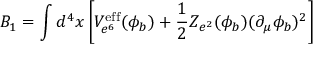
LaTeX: B _ { 1 } = \int d ^ { 4 } x \left[ V _ { e ^ { 6 } } ^ { \mathrm { e f f } } ( \phi _ { b } ) + \frac { 1 } { 2 } Z _ { e ^ { 2 } } ( \phi _ { b } ) ( \partial _ { \mu } \phi _ { b } ) ^ { 2 } \right]